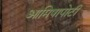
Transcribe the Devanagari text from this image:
आमिषापोटी